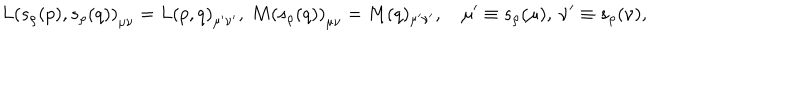
L \left( s _ { \rho } ( p ) , s _ { \rho } ( q ) \right) _ { \mu \nu } = L \left( p , q \right) _ { \mu ^ { \prime } \nu ^ { \prime } } , \ M \left( s _ { \rho } ( q ) \right) _ { \mu \nu } = M ( q ) _ { \mu ^ { \prime } \nu ^ { \prime } } , \quad \mu ^ { \prime } \equiv s _ { \rho } ( \mu ) , \ \nu ^ { \prime } \equiv s _ { \rho } ( \nu ) ,